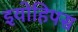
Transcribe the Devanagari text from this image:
इयोहिपस